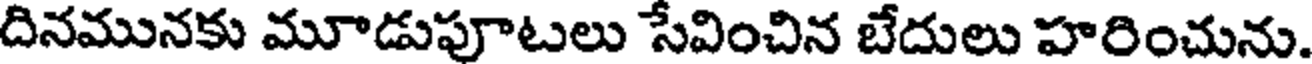
దినమునకు మూడుపూటలు సేవించిన బేదులు హరించును.